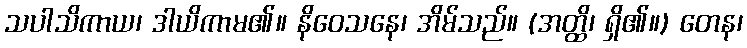
သပါသိကာယ၊ ဒါယိကာမ၏။ နိဝေသနေ၊ အိမ်သည်။ (အတ္ထိ၊ ရှိ၏။) တေန၊